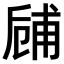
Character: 𠃃